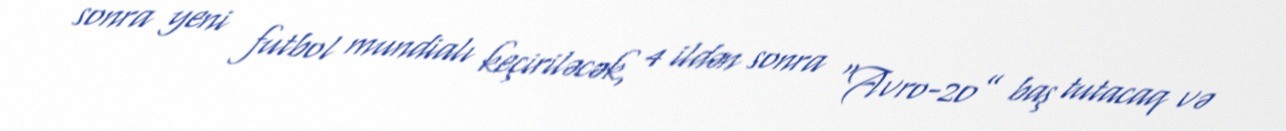
sonra yeni futbol mundialı keçiriləcək, 4 ildən sonra “Avro-20” baş tutacaq və